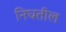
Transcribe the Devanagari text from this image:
निघतील